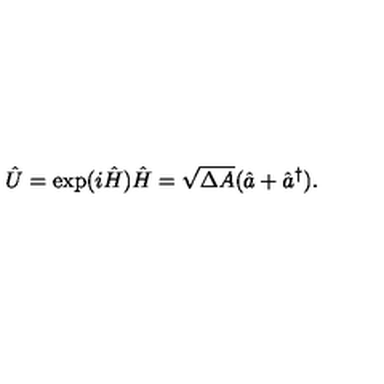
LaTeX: \hat { U } = \exp ( i \hat { H } ) \hat { H } = \sqrt { \Delta A } ( \hat { a } + \hat { a } ^ { \dag } ) .